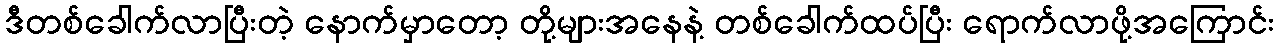
ဒီတစ်ခေါက်လာပြီးတဲ့ နောက်မှာတော့ တို့များအနေနဲ့ တစ်ခေါက်ထပ်ပြီး ရောက်လာဖို့အကြောင်း